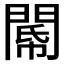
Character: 𨵂